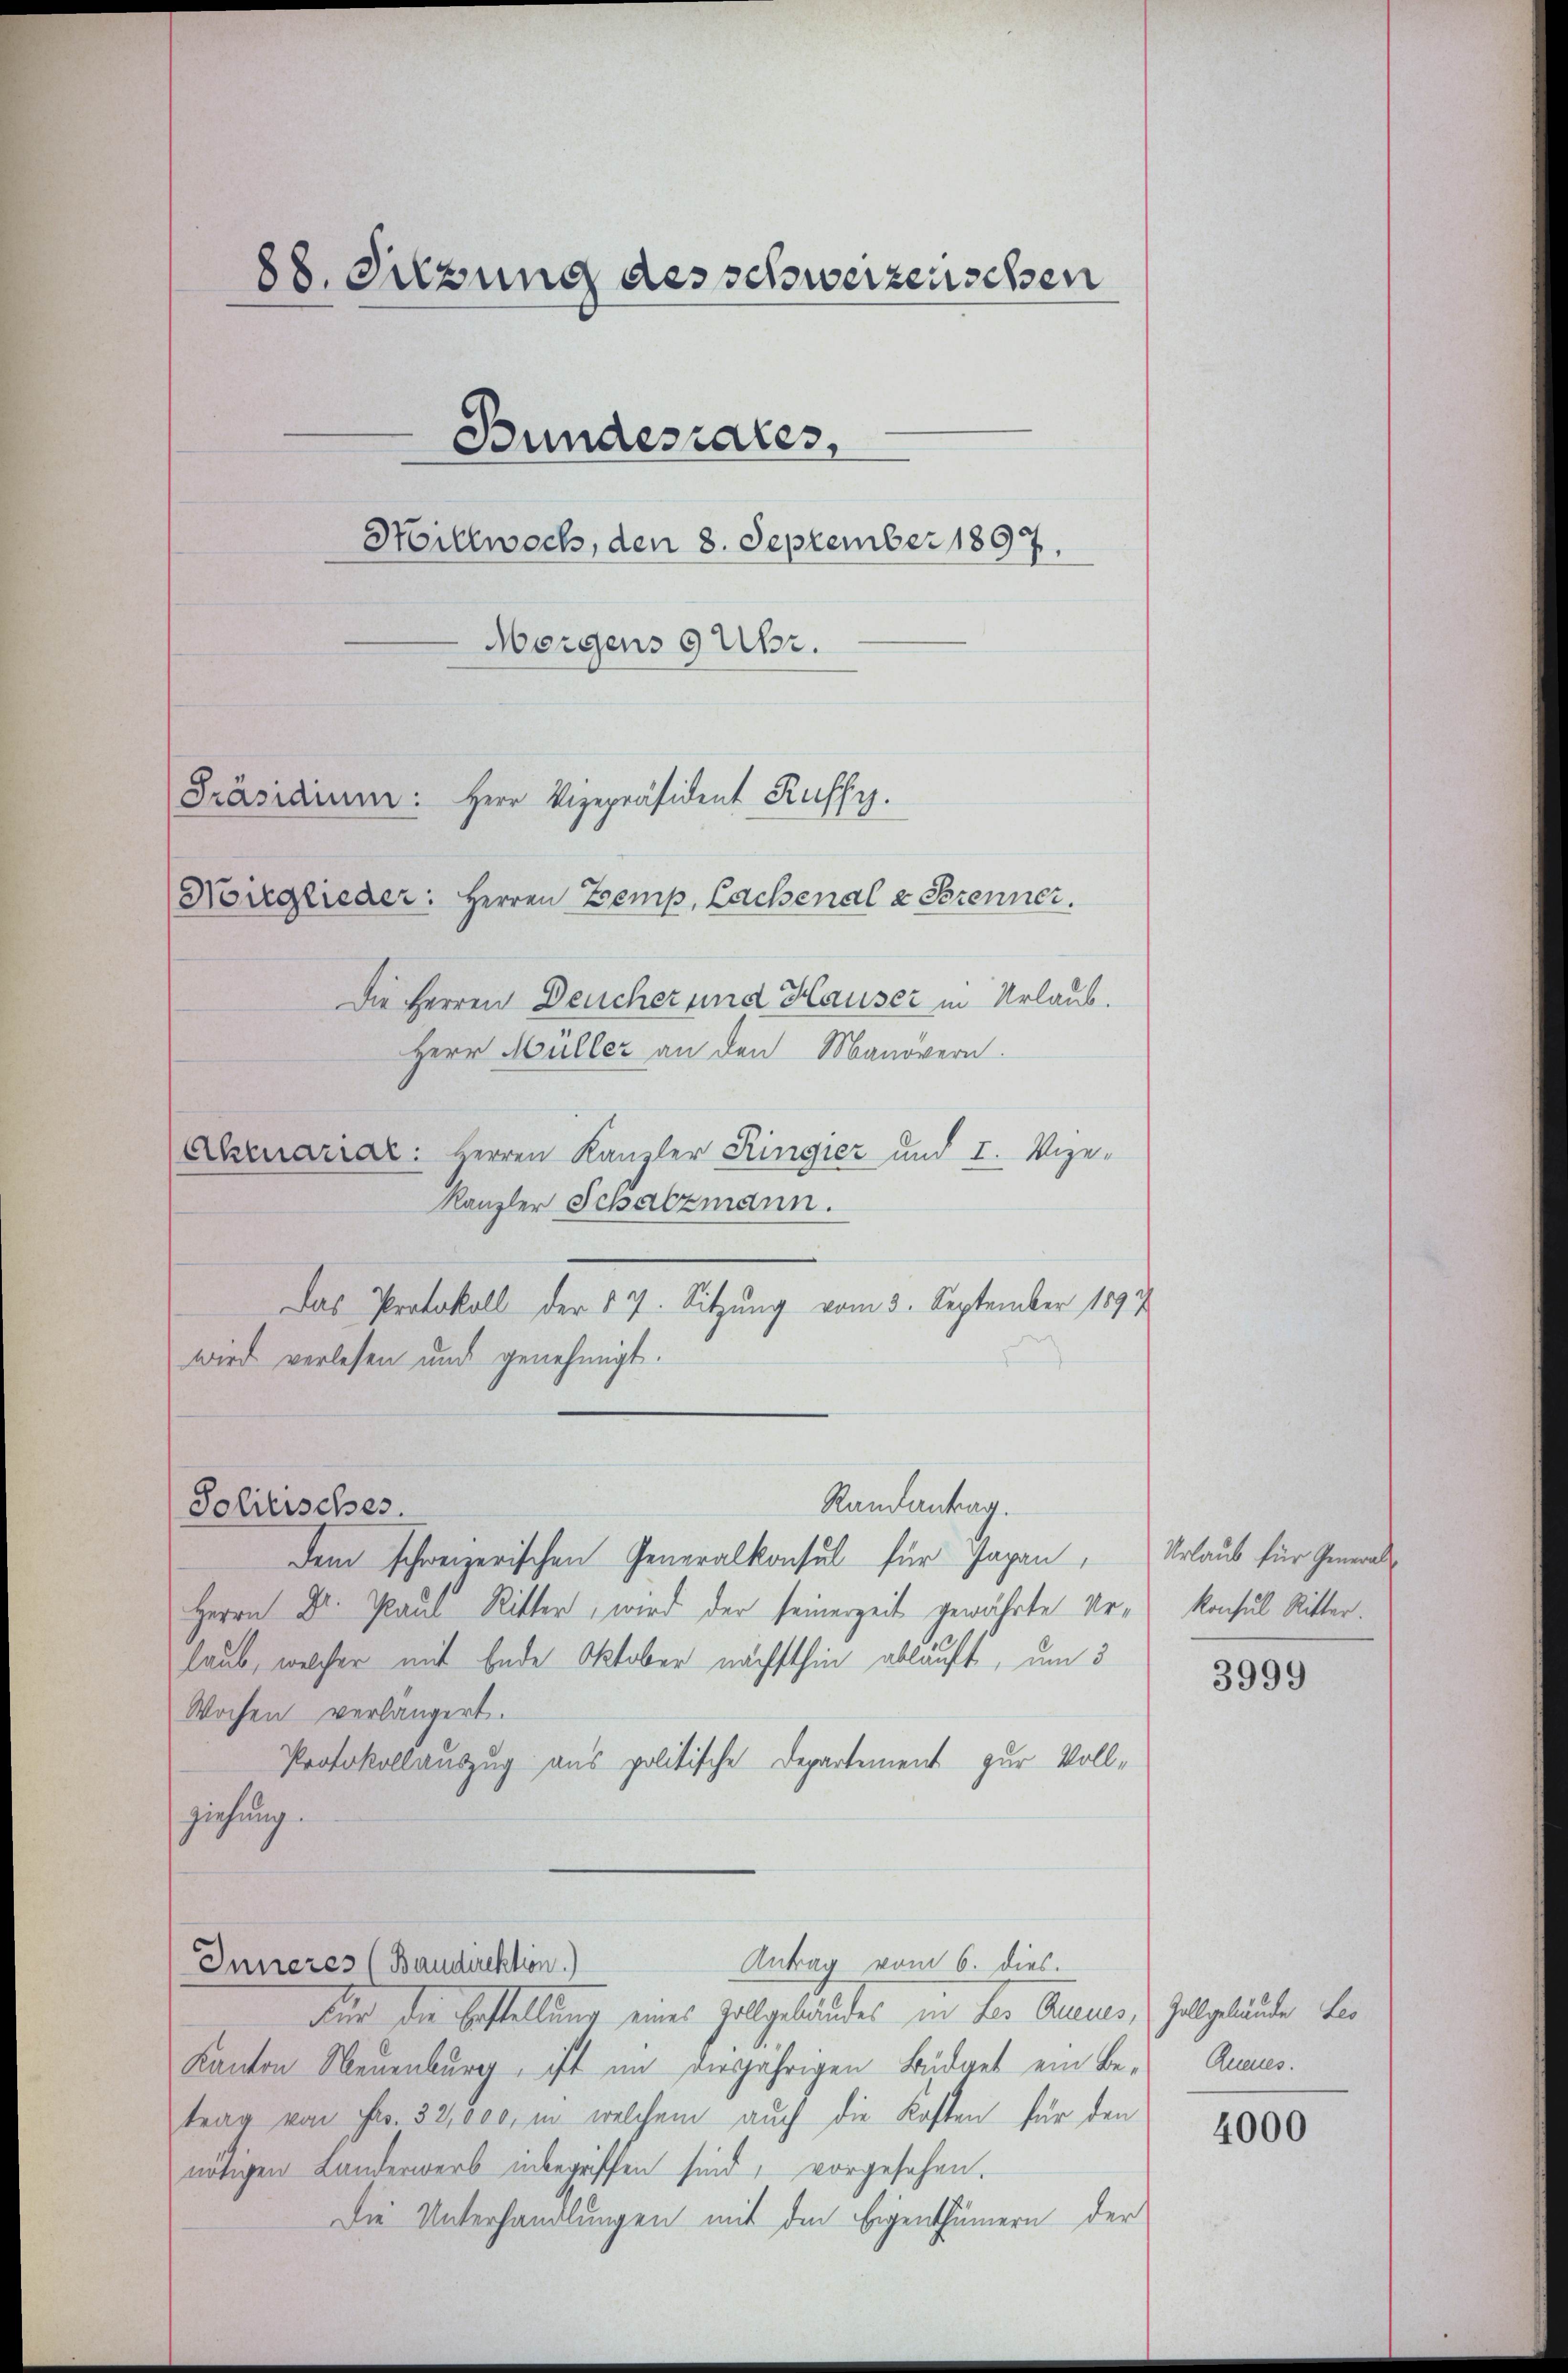
88. Silzung des schweizenschen
Hillwoch, den 8. September 1897.
Morgens 9 Uhr.
Präsidium: Herr Vizepräsident Kuffy.
Noirglieder: Herren Temp, Cachenale Brenner,

Solitisches.

Bundesrates,

Das Protokoll der 17. Sitzung vom 3. September 1897

Die Herren Deucher und Hauser in Urlaub.
Herr Müller an den Manövern.
Exenariar: Herren Kanzler Ringier und I. Vize-
Kanzler Schatzmann.
wird verlesen und genehmigt.
dem schweizerischen Generalkonsul für Japan,
Herrn Dr. Paul Ritter, wird der seinerzeit gewährte Urlaub, welcher mit Ende Oktober nächsthin ablauft, um 5
Wochen verlängert.
Protokollauszug aus politische Departement zur Vollziehung.
Antrag vom 6. dies.
Inneres (Baudirektion)
Für die Bestellung eines Zollgebäudes in der Bannes Zollgebäude der
Kanton Neuenburg, ist im diesjährigen Büdget ein Be- Annues.
trag von Fr. 32,000, in welchem auch die Kosten für den
nötigen Landerwerb inbegriffen sind, vorgesehen.
Die Unterhandlungen mit den Eigenthümern der

Randantrag.

Urlaub für General¬
Konsul Ritter.

3999

4000